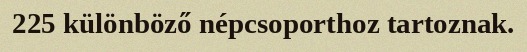
225 különböző népcsoporthoz tartoznak.